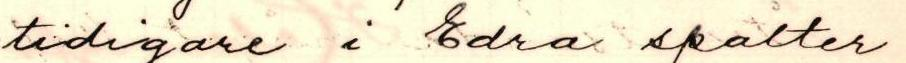
tidigare i edra spalter